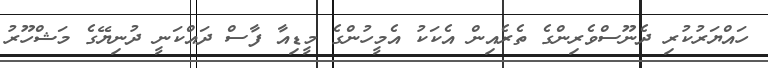
ހައްޔަރުކުރި ދެނޫސްވެރިންގެ ތެރެއިން އެކަކު އެމީހުންގެ މީޑިއާ ފާސް ދައްކަނީ ދުނިޔޭގެ މަޝްހޫރު